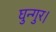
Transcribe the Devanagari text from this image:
घुन्गुर।